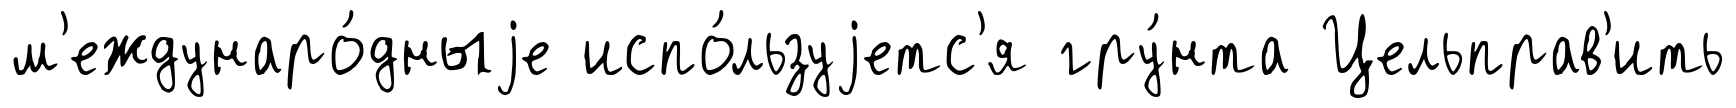
м'еждунаро́дныjе испо́льзуjетс'я гру́нта Цельправ'ить